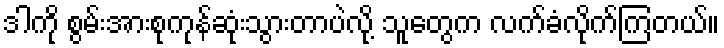
ဒါကို စွမ်းအားစုကုန်ဆုံးသွားတာပဲလို့ သူတွေက လက်ခံလိုက်ကြတယ်။